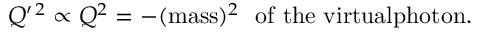
Q ^ { \prime \, 2 } \propto Q ^ { 2 } = - ( \mathrm { m a s s } ) ^ { 2 } \ \mathrm { ~ o f ~ t h e ~ v i r t u a l p h o t o n } .